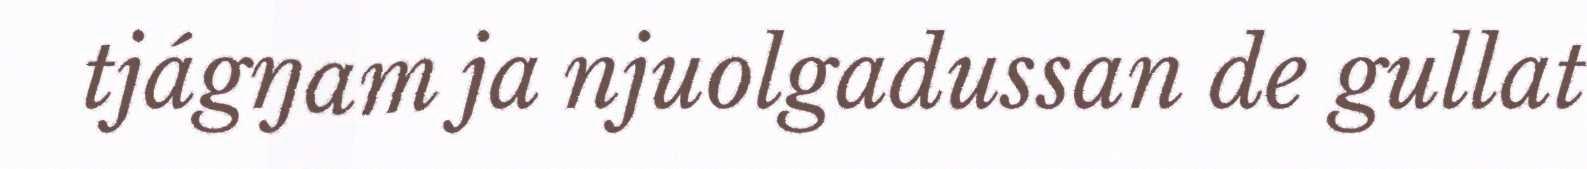
tjágŋam ja njuolgadussan de gullat